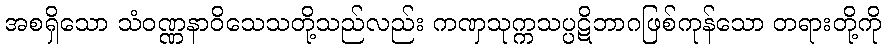
အစရှိသော သံဝဏ္ဏနာဝိသေသတို့သည်လည်း ကဏှသုက္ကသပ္ပဋိဘာဂဖြစ်ကုန်သော တရားတို့ကို